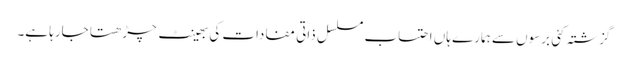
گزشتہ کئی برسوں سے ہمارے ہاں احتساب مسلسل ذاتی مفادات کی بھینٹ چڑھتا جارہا ہے۔